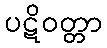
ပဋိဝတ္တာ